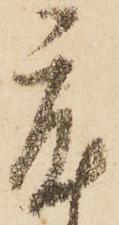
度